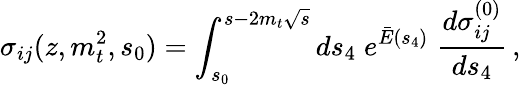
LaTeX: \sigma_{ij}(z,m_{t}^{2},s_{0})=\int_{s_{0}}^{s-2m_{t}\sqrt{s}}ds_{4}\; e^{{\bar{E}}(s_{4})}\; {\frac{d\sigma_{ij}^{(0)}}{ds_{4}}}\, ,